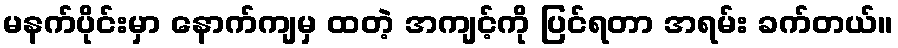
မနက်ပိုင်းမှာ နောက်ကျမှ ထတဲ့ အကျင့်ကို ပြင်ရတာ အရမ်း ခက်တယ်။